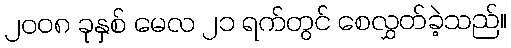
၂၀၀၈ ခုနှစ် မေလ ၂၁ ရက်တွင် စေလွှတ်ခဲ့သည်။